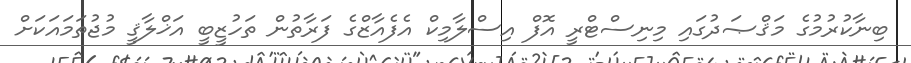
ބިނާކުރުމުގެ މަޤްޞަދުގައި މިނިސްޓްރީ އޮފް އިސްލާމިކް އެފެއާޒްގެ ފަރާތުން ތަހުޒީބީ އަޚްލާޤީ މުޖުތަމައަކަށް